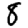
Digit: 8